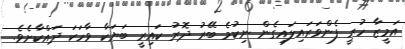
އަމީޒާ ހުރީ ފެންވަރައިލައިގެން ނިކުމެ ބޭރު ދޮރު ކައިރީ ބަޔަކާ ވާހަކަ ދައްކާށެވެ.